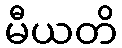
မီယတိ